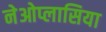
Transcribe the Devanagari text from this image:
नेओप्लासिया